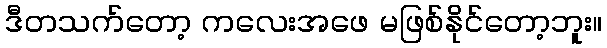
ဒီတသက်တော့ ကလေးအဖေ မဖြစ်နိုင်တော့ဘူး။